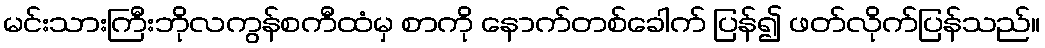
မင်းသားကြီးဘိုလကွန်စကီထံမှ စာကို နောက်တစ်ခေါက် ပြန်၍ ဖတ်လိုက်ပြန်သည်။